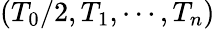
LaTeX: (T_{0}/2,T_{1},\cdots,T_{n})